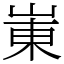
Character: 崬